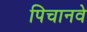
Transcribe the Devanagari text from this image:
पिचानवे